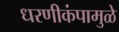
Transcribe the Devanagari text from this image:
धरणीकंपामुळे